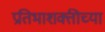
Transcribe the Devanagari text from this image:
प्रतिभाशक्तीच्या